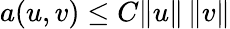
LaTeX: a(u,v)\leq C\| u\| \, \| v\|